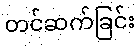
တင်ဆက်ခြင်း